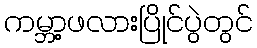
ကမ္ဘာ့ဖလားပြိုင်ပွဲတွင်